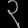
Digit: ၃